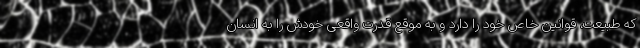
که طبیعت، قوانین خاص خود را دارد و به موقع قدرت واقعی خودش را به انسان